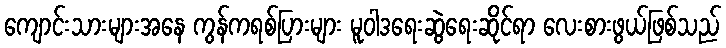
ကျောင်းသားများအနေ ကွန်ကရစ်ပြားများ မူဝါဒရေးဆွဲရေးဆိုင်ရာ လေးစားဖွယ်ဖြစ်သည်